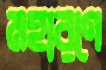
মহারণে